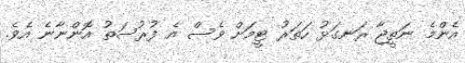
އެންމެ ނަތީޖާ ރަނގަޅު ހަތަރު ޓީމަށް ވެސް އެ ފުރުސަތު އޮންނާނެ އެވެ.